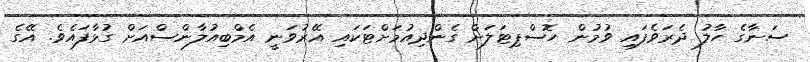
ސަނާގެ ހާލު ދެރަވެފައި ވުމުން ހޮސްޕިޓަލަށް ގެންދިއުމަށްޓަކައި އޭރުވަނީ އެމްބިއުލާންސްއަށް ގުޅާފައެވެ. އޭގެ